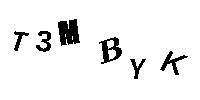
T3MBYK